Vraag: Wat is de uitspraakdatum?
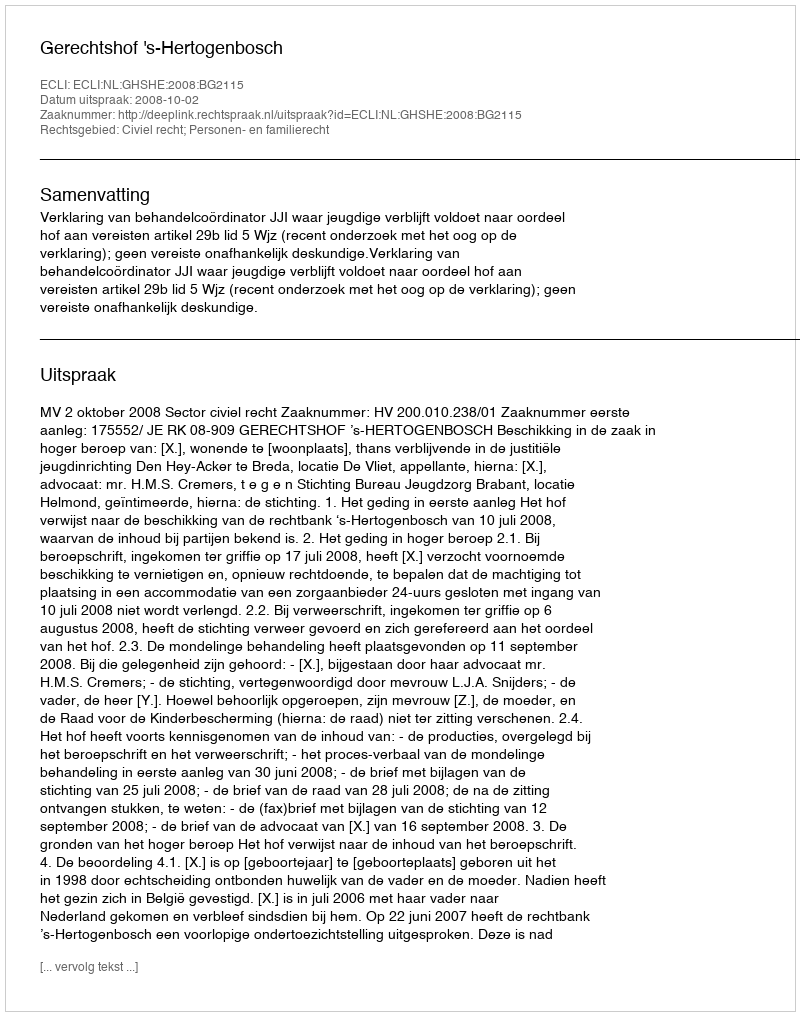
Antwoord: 2008-10-02